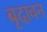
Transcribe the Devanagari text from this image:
बृदावन